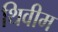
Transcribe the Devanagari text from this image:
थिवीम